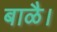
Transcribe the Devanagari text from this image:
बाळै।